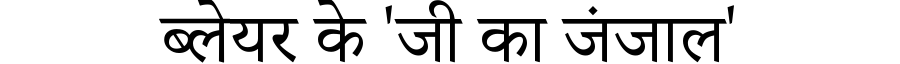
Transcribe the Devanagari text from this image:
ब्लेयर के 'जी का जंजाल'